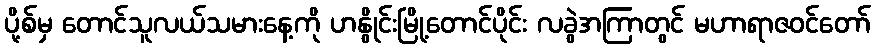
ပို့စ်မှ တောင်သူလယ်သမားနေ့ကို ဟနွိုင်းမြို့တောင်ပိုင်း လခွဲအကြာတွင် မဟာရာဇဝင်တော်